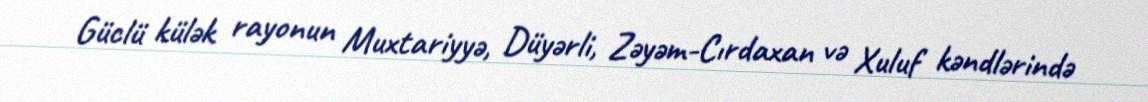
Güclü külək rayonun Muxtariyyə, Düyərli, Zəyəm-Cırdaxan və Xuluf kəndlərində